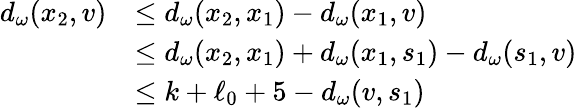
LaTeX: \begin{array}{rl}{d_{\omega}(x_{2},v)}&{\le d_{\omega}(x_{2},x_{1})-d_{\omega}(x_{1},v)}\\ &{\le d_{\omega}(x_{2},x_{1})+d_{\omega}(x_{1},s_{1})-d_{\omega}(s_{1},v)}\\ &{\le k+\ell_{0}+5-d_{\omega}(v,s_{1})}\end{array}